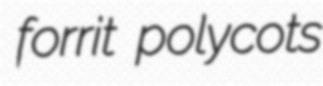
forrit polycots